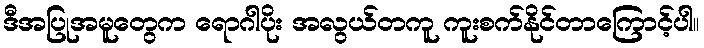
ဒီအပြုအမူတွေက ရောဂါပိုး အလွယ်တကူ ကူးစက်နိုင်တာကြောင့်ပါ။